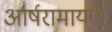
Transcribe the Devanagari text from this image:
आर्षरामायण